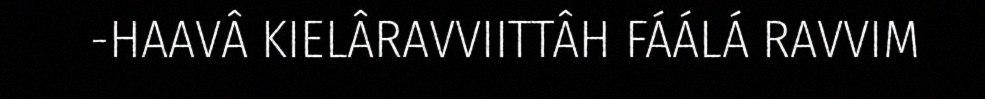
-HAAVÂ KIELÂRAVVIITTÂH FÁÁLÁ RAVVIM